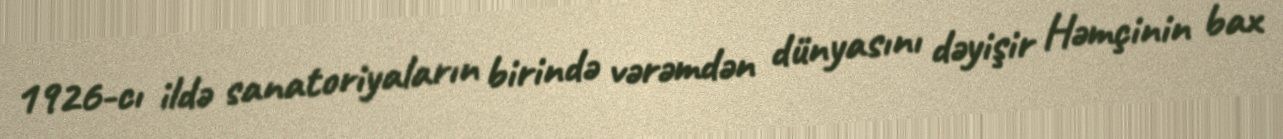
1926-cı ildə sanatoriyaların birində vərəmdən dünyasını dəyişir Həmçinin bax